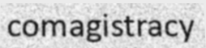
comagistracy